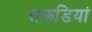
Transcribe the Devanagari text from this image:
लकडि़यां